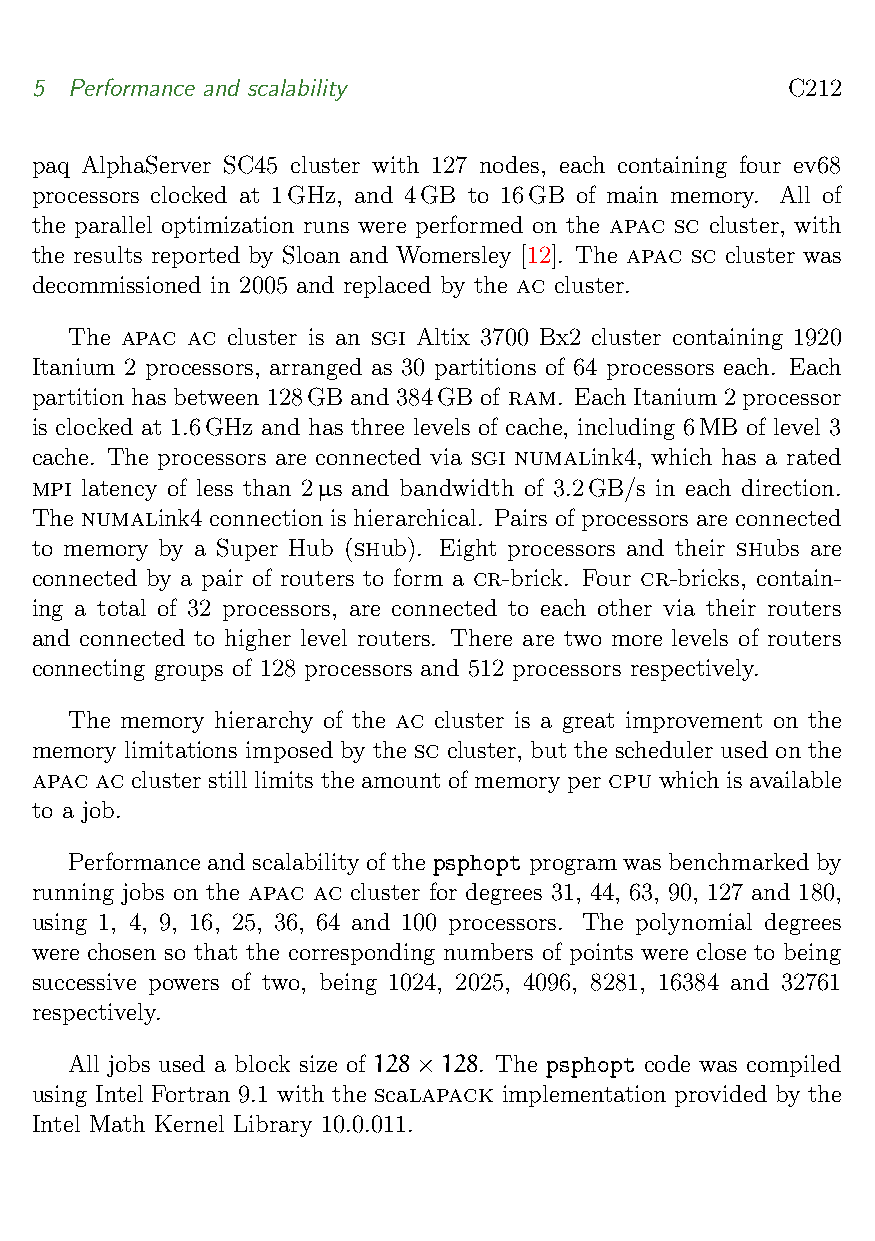
5  Performance and scalability                    C212
 paq AlphaServer SC45 cluster with 127 nodes, each containing four ev68
 processors clocked at 1GHz, and 4GB to 16GB of main memory. All of
 the parallel optimization runs were performed on the apac sc cluster, with
 the results reported by Sloan and Womersley [12]. The apac sc cluster was
 decommissioned in 2005 and replaced by the ac cluster.
 The apac ac cluster is an sgi Altix 3700 Bx2 cluster containing 1920
 Itanium 2 processors, arranged as 30 partitions of 64 processors each. Each
 partition has between 128GB and 384GB of ram. Each Itanium 2 processor
 is clocked at 1.6GHz and has three levels of cache, including 6MB of level 3
 cache. The processors are connected via sgi numalink4, which has a rated
 mpi latency of less than 2µs and bandwidth of 3.2GB/s in each direction.
 The numalink4 connection is hierarchical. Pairs of processors are connected
 to memory by a Super Hub (shub). Eight processors and their shubs are
 connected by a pair of routers to form a cr-brick. Four cr-bricks, contain-
 ing a total of 32 processors, are connected to each other via their routers
 and connected to higher level routers. There are two more levels of routers
 connecting groups of 128 processors and 512 processors respectively.
 The memory hierarchy of the ac cluster is a great improvement on the
 memory limitations imposed by the sc cluster, but the scheduler used on the
 apac ac cluster still limits the amount of memory per cpu which is available
 to a job.
 Performanceandscalabilityofthepsphoptprogramwasbenchmarkedby
 running jobs on the apac ac cluster for degrees 31, 44, 63, 90, 127 and 180,
 using 1, 4, 9, 16, 25, 36, 64 and 100 processors. The polynomial degrees
 were chosen so that the corresponding numbers of points were close to being
 successive powers of two, being 1024, 2025, 4096, 8281, 16384 and 32761
 respectively.
 All jobs used a block size of 128×128. The psphopt code was compiled
 using Intel Fortran 9.1 with the scalapack implementation provided by the
 Intel Math Kernel Library 10.0.011.